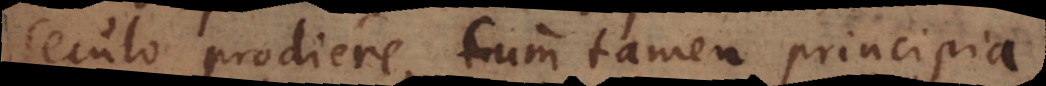
seculo prodiere, cum tamen principia